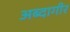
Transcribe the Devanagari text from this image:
अब्दागीर